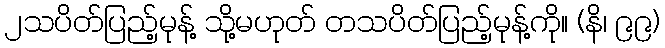
၂သပိတ်ပြည့်မုန့် သို့မဟုတ် တသပိတ်ပြည့်မုန့်ကို။ (နိ၊ ၉၉)